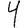
Digit: 4